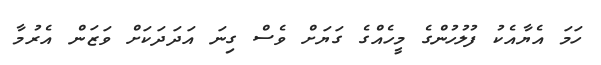
ހަމަ އެޔާއެކު ފުލުހުންގެ މީހެއްގެ ގަޔަށް ވެސް ގިނަ އަދަދަކަށް ވަޒަން އެރުމާ